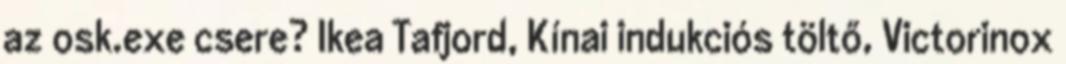
az osk.exe csere? Ikea Tafjord, Kínai indukciós töltő, Victorinox